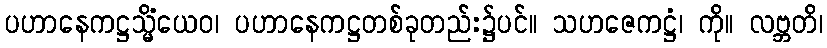
ပဟာနေကဋ္ဌသ္မိံယေဝ၊ ပဟာနေကဋ္ဌတစ်ခုတည်း၌ပင်။ သဟဇေကဋ္ဌံ၊ ကို။ လဗ္ဘတိ၊